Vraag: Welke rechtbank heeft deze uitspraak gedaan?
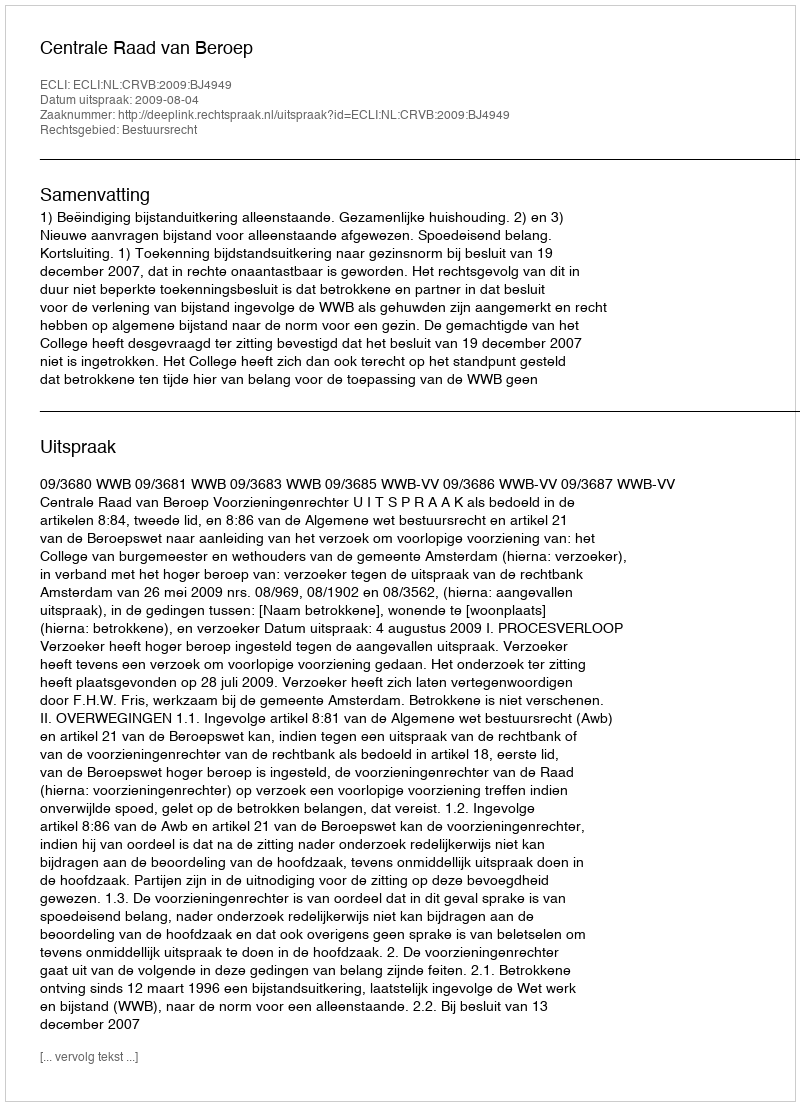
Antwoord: Centrale Raad van Beroep